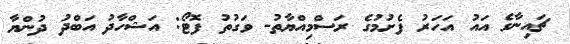
ޗައިނާގެ އައު އަހަރު ފެށުމުގެ ރަސްމިއްޔާތު- ވަގުތު ފޮޓޯ: އަޝްހާދު އަބްދު ދުންޔާ